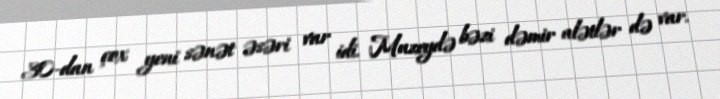
30-dan çox yeni sənət əsəri var idi. Muzeydə bəzi dəmir alətlər də var.